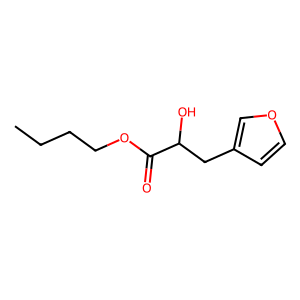
SMILES: CCCCOC(=O)C(O)Cc1ccoc1
Inhibits HIV replication: No